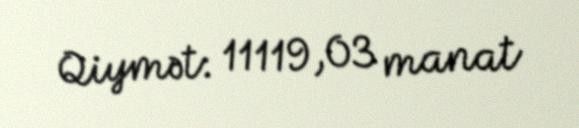
Qiymət: 11119,03 manat